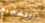
التشجيع